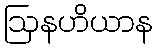
ဩနဟိယာန